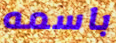
باسمه